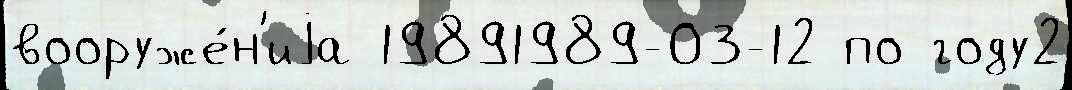
вооруже́н'иjа 19891989-03-12 по году2